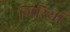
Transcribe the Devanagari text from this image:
गिरियाँ